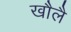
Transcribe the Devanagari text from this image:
खौलै